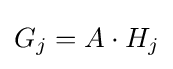
G_{j}=A\cdot H_{j}